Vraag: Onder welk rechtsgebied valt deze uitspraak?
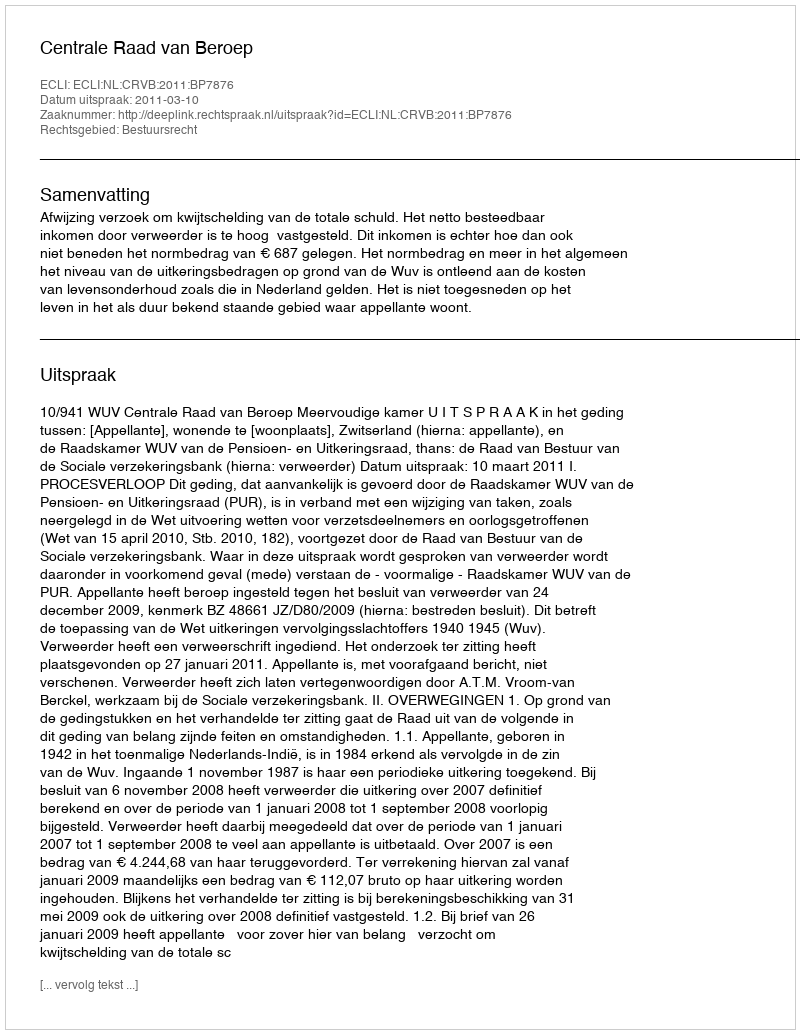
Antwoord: Bestuursrecht